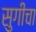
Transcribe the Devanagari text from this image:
सुगीचा